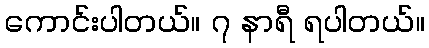
ကောင်းပါတယ်။ ၇ နာရီ ရပါတယ်။